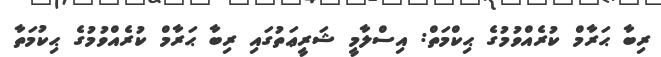
ރިބާ ޙަރާމް ކުރެއްވުމުގެ ޙިކްމަތް: އިސްލާމީ ޝަރީޢަތުގައި ރިބާ ޙަރާމް ކުރެއްވުމުގެ ޙިކުމަތާ